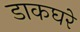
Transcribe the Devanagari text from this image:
डाकघरे